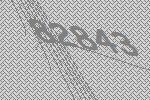
82843